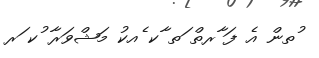
ުތން އެ ފަ ާރތް ަތ ާކ ެއކު މަޝްވަރާ ުކ ަރ